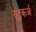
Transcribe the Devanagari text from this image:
युद्धकर्ज